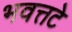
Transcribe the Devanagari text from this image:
भवत्तटे